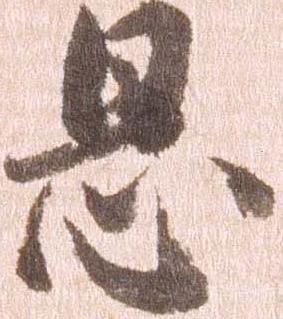
息